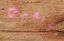
مايحدث